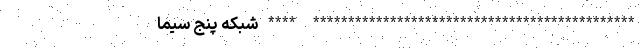
********************************************** **** شبکه پنج سیما